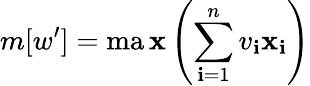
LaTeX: m[w^{\prime}]=\operatorname*{ma\mathbf{x}}\left(\sum_{\mathbf{i}=1}^{n}v_{\mathbf{i}}\mathbf{x}_{\mathbf{i}}\right)